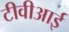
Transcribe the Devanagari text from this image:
टीवीआई